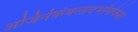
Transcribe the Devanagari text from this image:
अजिनंकंबलादर्भागोकेशाः